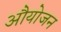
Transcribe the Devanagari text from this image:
औयोजन